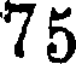
75